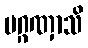
ပဂ္ဂဏှာသိ